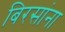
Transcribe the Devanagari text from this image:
बिरसांना